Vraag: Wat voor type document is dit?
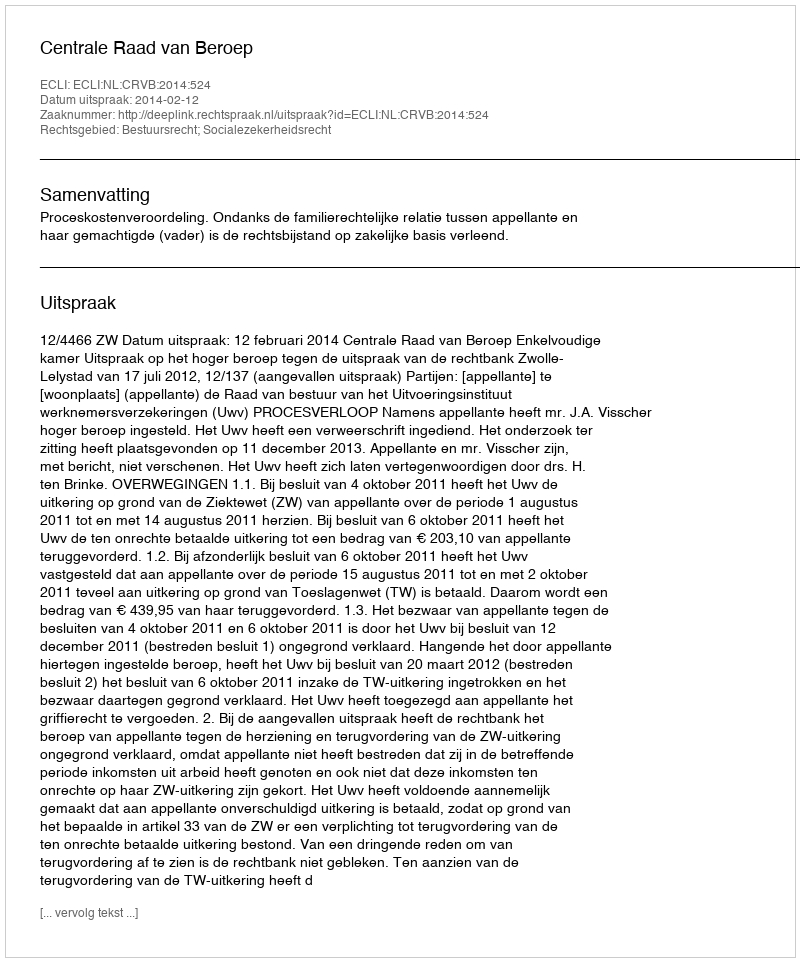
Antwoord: Uitspraak